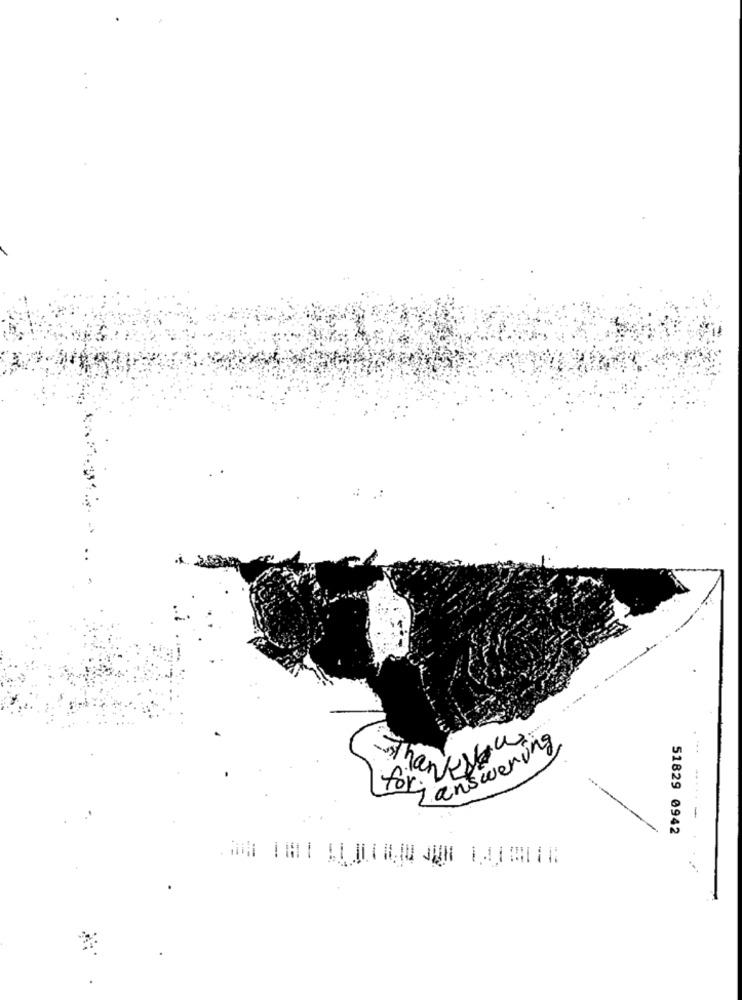
thankyou
for answering
...
------
51829 0942